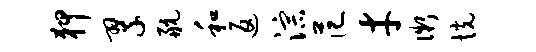
狎翠航和返淙范才微恍